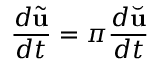
\frac { d \tilde { \mathbf { u } } } { d t } = \pi \frac { d \Breve { \mathbf { u } } } { d t }